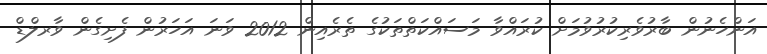
އަންހެނުން ބާރުވެރިކުރުވުމަށް ކުރައްވާ މަސައްކަތްތަކުގެ ތެރެއިން 2012 ވަނަ އަހަރުން ފެށިގެން ވާރލްޑް